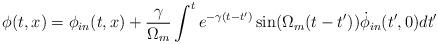
LaTeX: \begin{align*}\phi(t,x)=\phi_{in}(t,x)+{\gamma\over \Omega_m} \int^t e^{-\gamma(t-t')}\sin(\Omega_m(t-t'))\dot\phi_{in}(t',0) dt'\end{align*}